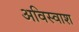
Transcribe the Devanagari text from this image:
अविस्वाश